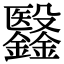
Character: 𣫫